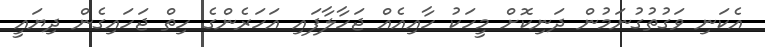
އެކަނި ވަގުތުގުނަމުން ދަނިކޮށް މީހަކު ހާއިއެއް ޖަހާލާފައި އަހަރެންގެ ހިތް ޖަހައިގެން ދިޔައީ